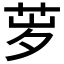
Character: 𬜨